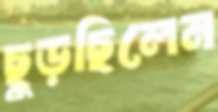
ছুড়ছিলেন